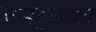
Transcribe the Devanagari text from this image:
कपर्दिका